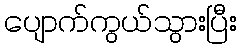
ပျောက်ကွယ်သွားပြီး